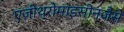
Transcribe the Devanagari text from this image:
एज़ीथ्रोमाइसीनजैसे